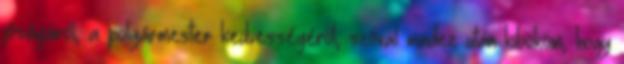
jóságáról, a polgármester kedvességéről, szóval mindez után kibököm, hogy